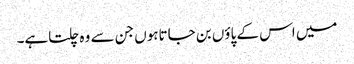
میں اس کے پاؤں بن جاتاہوں جن سے وہ چلتاہے۔